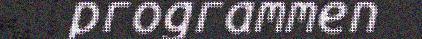
programmen